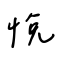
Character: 悅